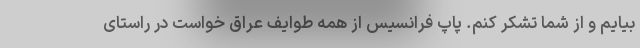
بیایم و از شما تشکر کنم. پاپ فرانسیس از همه طوایف عراق خواست در راستای